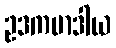
ဥဒကမာဒါယ